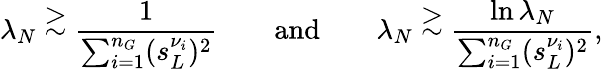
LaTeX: \lambda_{N}\stackrel{\displaystyle>}{\sim}\frac{1}{\sum_{i=1}^{n_{G}}(s_{L}^{\nu_{i}})^{2}}\qquad\mathrm{and}\qquad\lambda_{N}\stackrel{\displaystyle>}{\sim}\frac{\ln\lambda_{N}}{\sum_{i=1}^{n_{G}}(s_{L}^{\nu_{i}})^{2}},